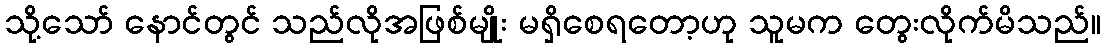
သို့သော် နောင်တွင် သည်လိုအဖြစ်မျိုး မရှိစေရတော့ဟု သူမက တွေးလိုက်မိသည်။